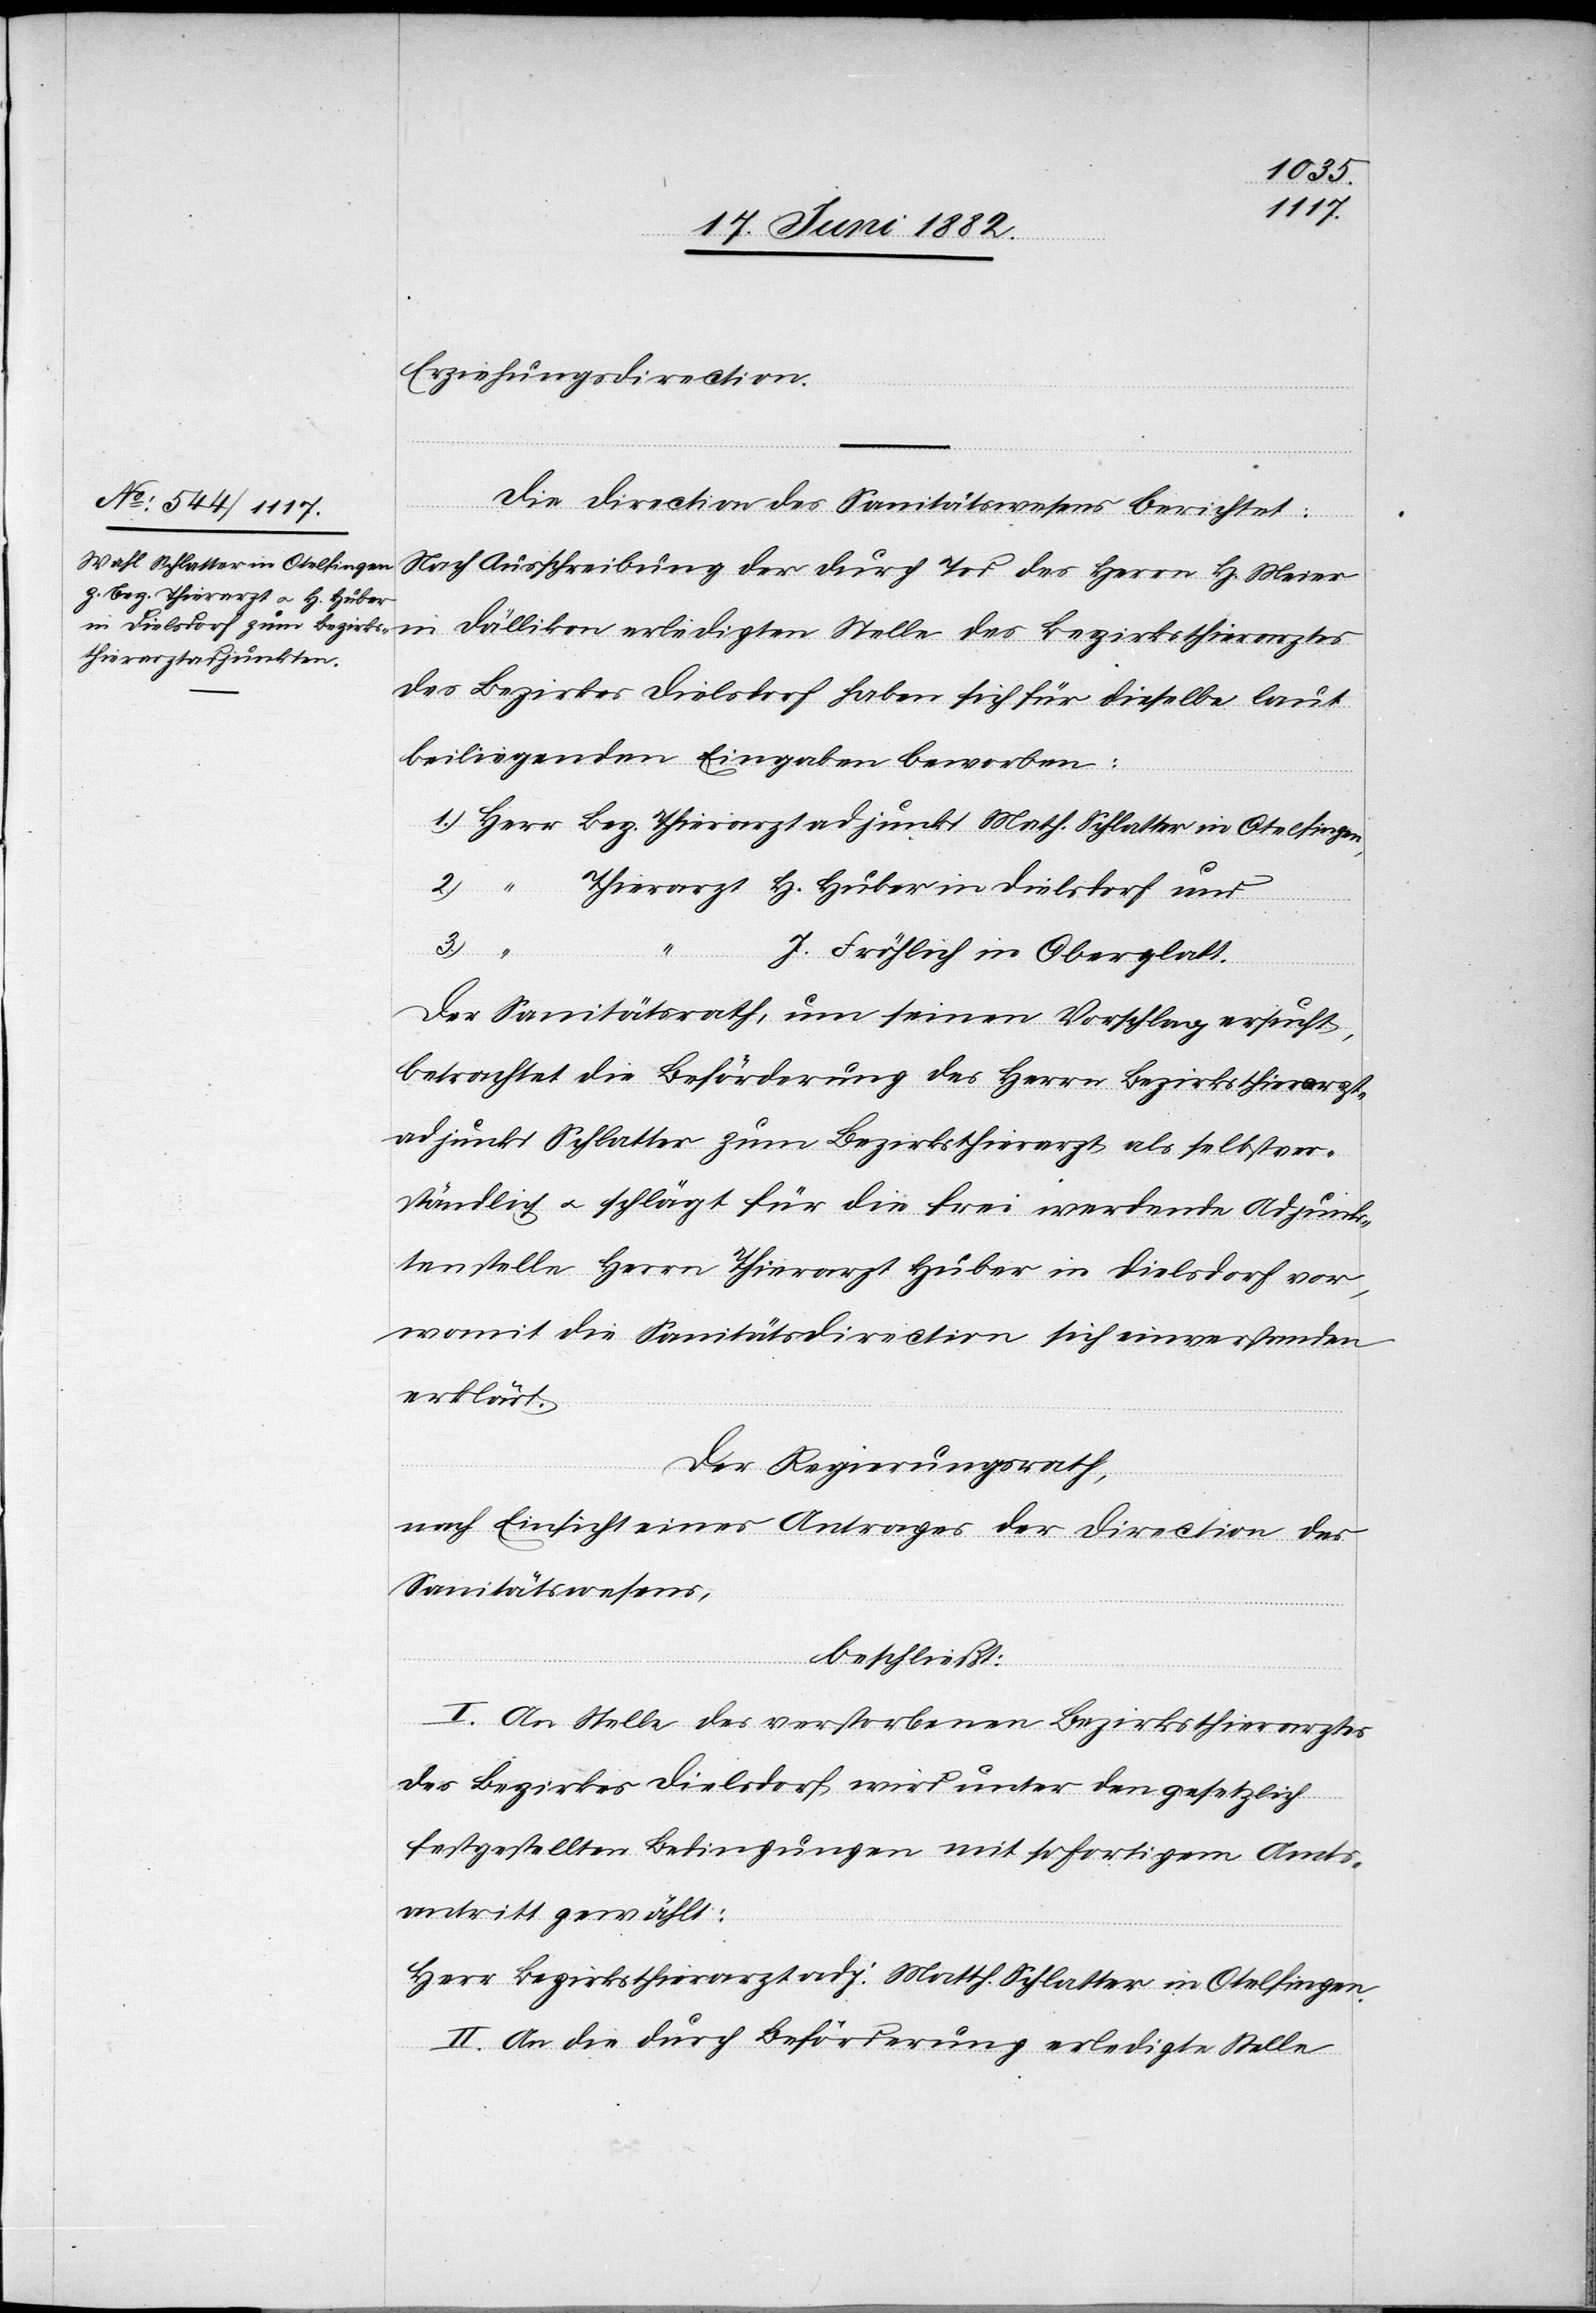
t[t]h. Schlatter in Otelfingen,
Thierarztadjunkt Ma¬

1.
Erziehungsdirection.
Die Direction des Sanitätswesens berichtet:
Nach Ausschreibung der durch Tod des Herrn H. Meier
in Dällikon erledigten Stelle des Bezirksthierarztes
des Bezirkes Dielsdorf haben sich für dieselbe laut
beiliegenden Eingaben beworben:
H. Huber in Dielsdorf und
J. Fröhlich in Oberglatt.
Der Sanitätsrath, um einen Vorschlag ersucht,
betrachtet die Beförderung des Herrn Bezirksthierarzt¬
adjunkt Schlatter zum Bezirksthierarzt als selbstver¬
ständlich u. schlägt für die frei werdende Adjunk¬
tenstelle Herrn Thierarzt Huber in Dielsdorf vor,
womit die Sanitätsdirection sich einverstanden
erklärt.
Der Regierungsrath,
nach Einsicht eines Antrages der Direction des
Sanitätswesens,
beschließt:
I. An Stelle des verstorbenen Bezirksthierarztes
des Bezirkes Dielsdorf wird unter den gesetzlich
festgestellten Bedingungen mit sofortigem Amts¬
antritt gewählt:
Herr Bezirksthierarztadj. Matth. Schlatter in Otelfingen.
II. An die durch Beförderung erledigte Stelle